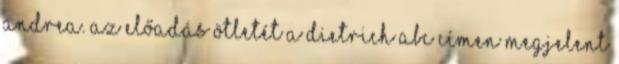
Andrea. Az előadás ötletét a Dietrich ABC címen megjelent